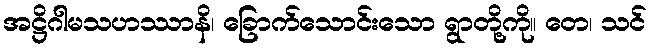
အဋ္ဌိဂါမသဟဿာနိ၊ ခြောက်သောင်းသော ရွာတို့ကို။ တေ၊ သင်